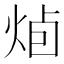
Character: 𭴭